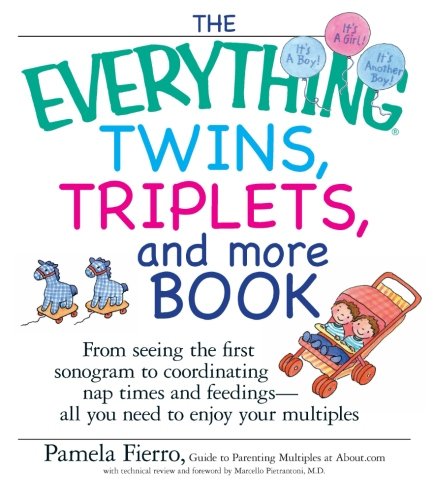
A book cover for The Everything Twins, Triplets, And More Book: From Seeing The First Sonogram To Coordinating Nap Times And Feedings -- All You Need To Enjoy Your Multiples; Pamela Fierro; Parenting & Relationships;